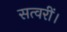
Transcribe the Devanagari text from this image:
सत्वरीं।